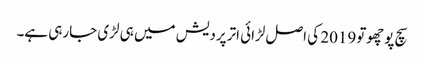
سچ پوچھوتو2019 کی اصل لڑائی اترپردیش میں ہی لڑی جارہی ہے۔